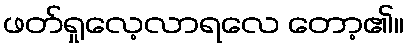
ဖတ်ရှုလေ့လာရလေ တော့၏။